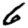
Digit: 6